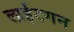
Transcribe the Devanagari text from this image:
लाईटगन